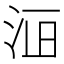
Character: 𱥾